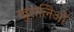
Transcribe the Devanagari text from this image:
खुरालिओ